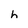
Character: h